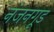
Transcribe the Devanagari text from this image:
नंजनगूड